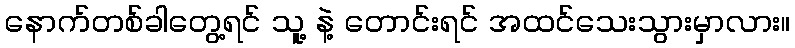
နောက်တစ်ခါတွေ့ရင် သူ့ နဲ့ တောင်းရင် အထင်သေးသွားမှာလား။